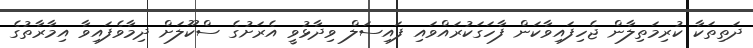
ދަތިތަކާ ކުރިމަތިލާން ޖެހިފައިވާކަން ފާހަގަކުރައްވައި ފައިސަލް ވިދާޅުވީ އެރަށުގެ ސްކޫލަށް ދިމާވެފައިވާ އިމާރާތުގެ